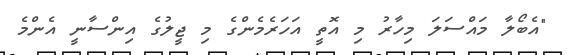
"އެބޯލާ މައްސަލަ މިހާރު މި އޮތީ އަހަރެމެންގެ މި ޖީލުގެ އިންސާނީ އެންމެ